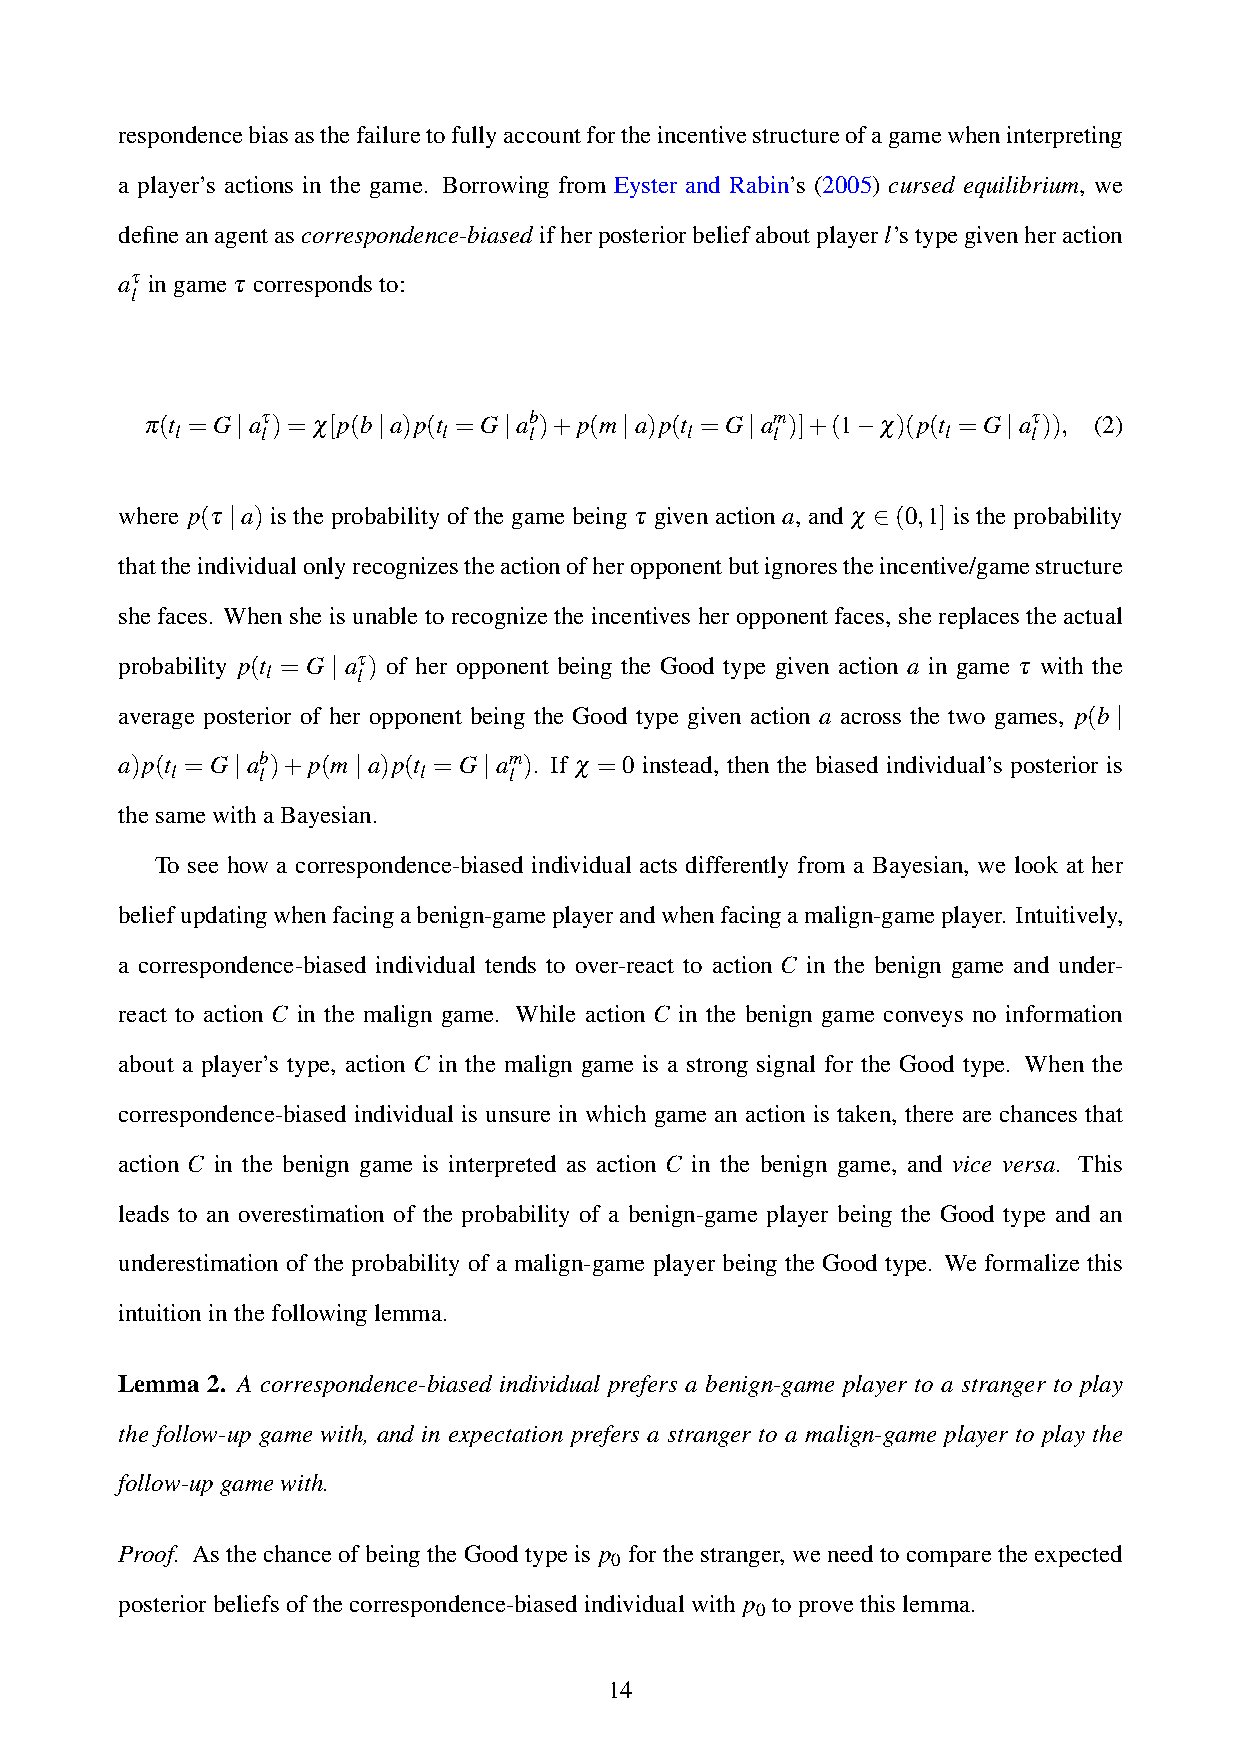
respondencebiasasthefailuretofullyaccountfortheincentivestructureofagamewheninterpreting
 a player’s actions in the game. Borrowing from Eyster and Rabin’s (2005) cursed equilibrium, we
 defineanagentascorrespondence-biased ifherposteriorbeliefaboutplayerl’stypegivenheraction
 aτ ingameτ correspondsto:
 l
 π(t =G|aτ)=χ[p(b|a)p(t =G|ab)+p(m|a)p(t =G|am)]+(1−χ)(p(t =G|aτ)), (2)
 l    l           l     l         l     l           l    l
 where p(τ |a) is the probability of the game being τ given action a, and χ ∈(0,1] is the probability
 thattheindividualonlyrecognizestheactionofheropponentbutignorestheincentive/gamestructure
 she faces. When she is unable to recognize the incentives her opponent faces, she replaces the actual
 probability p(t = G | aτ) of her opponent being the Good type given action a in game τ with the
 l     l
 average posterior of her opponent being the Good type given action a across the two games, p(b |
 a)p(t =G|ab)+p(m|a)p(t =G|am). If χ =0 instead, then the biased individual’s posterior is
 l     l          l     l
 thesamewithaBayesian.
 To see how a correspondence-biased individual acts differently from a Bayesian, we look at her
 beliefupdatingwhenfacingabenign-gameplayerandwhenfacingamalign-gameplayer. Intuitively,
 a correspondence-biased individual tends to over-react to action C in the benign game and under-
 react to action C in the malign game. While action C in the benign game conveys no information
 about a player’s type, action C in the malign game is a strong signal for the Good type. When the
 correspondence-biased individual is unsure in which game an action is taken, there are chances that
 action C in the benign game is interpreted as action C in the benign game, and vice versa. This
 leads to an overestimation of the probability of a benign-game player being the Good type and an
 underestimation of the probability of a malign-game player being the Good type. We formalize this
 intuitioninthefollowinglemma.
 Lemma 2. A correspondence-biased individual prefers a benign-game player to a stranger to play
 the follow-up game with, and in expectation prefers a stranger to a malign-game player to play the
 follow-upgamewith.
 Proof. AsthechanceofbeingtheGoodtypeis p forthestranger,weneedtocomparetheexpected
 0
 posteriorbeliefsofthecorrespondence-biasedindividualwith p toprovethislemma.
 0
 14